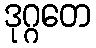
ဒုဂ္ဂတေ